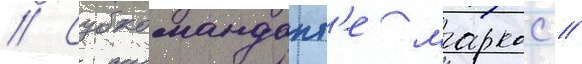
// Субкомандант'е маркос //